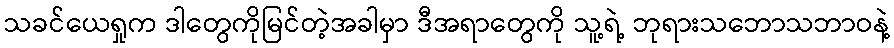
သခင်ယေရှုက ဒါတွေကိုမြင်တဲ့အခါမှာ ဒီအရာတွေကို သူ့ရဲ့ ဘုရားသဘောသဘာဝနဲ့